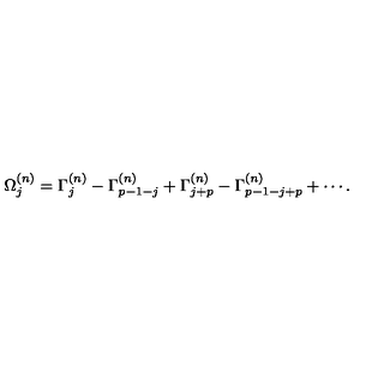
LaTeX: \Omega _ { j } ^ { ( n ) } = \Gamma _ { j } ^ { ( n ) } - \Gamma _ { p - 1 - j } ^ { ( n ) } + \Gamma _ { j + p } ^ { ( n ) } - \Gamma _ { p - 1 - j + p } ^ { ( n ) } + \cdots .